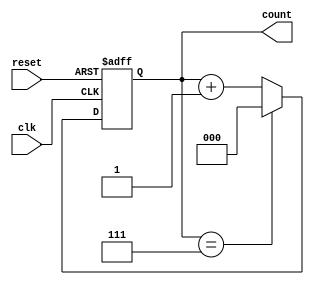
module divide_by_n_counter #(
    parameter N = 8  // Define N, the divide factor
) (
    input wire clk,      // Clock input
    input wire reset,    // Asynchronous reset input
    output reg [clog2(N)-1:0] count // Current count output
);

// Function to calculate the ceiling of log2
function integer clog2;
    input integer value;
    begin
        clog2 = 0;
        while (2**clog2 < value) begin
            clog2 = clog2 + 1;
        end
    end
endfunction

// Sequential logic for the counter
always @(posedge clk or posedge reset) begin
    if (reset) begin
        count <= 0; // Reset the counter to zero
    end else begin
        if (count == N-1) begin
            count <= 0; // Reset the counter to zero when it reaches N-1
        end else begin
            count <= count + 1; // Increment the counter
        end
    end
end

endmodule